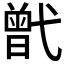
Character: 𢎒